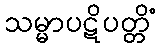
သမ္မာပဋိပတ္တိံ